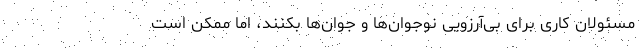
مسئولان کاری برای بی‌آرزویی نوجوان‌ها و جوان‌ها بکنند، اما ممکن است